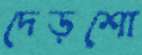
দেড়শো